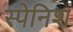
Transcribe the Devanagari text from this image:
स्‍पेनिश्‍ा